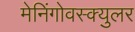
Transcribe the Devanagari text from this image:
मेनिंगोवस्क्युलर